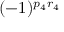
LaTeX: ( - 1 ) ^ { p _ { 4 } r _ { 4 } }